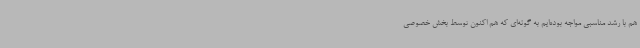
هم با رشد مناسبی مواجه بوده‌ایم به گونه‌ای که هم اکنون توسط بخش خصوصی